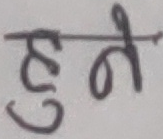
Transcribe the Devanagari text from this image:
हुने